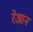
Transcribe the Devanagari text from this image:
रेआन